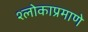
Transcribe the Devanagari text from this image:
श्लोकाप्रमाणे